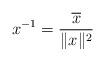
LaTeX: \begin{align*}x^{-1}=\frac{\overline{x}}{\Vert x\Vert ^{2}} \end{align*}